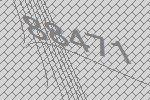
88471